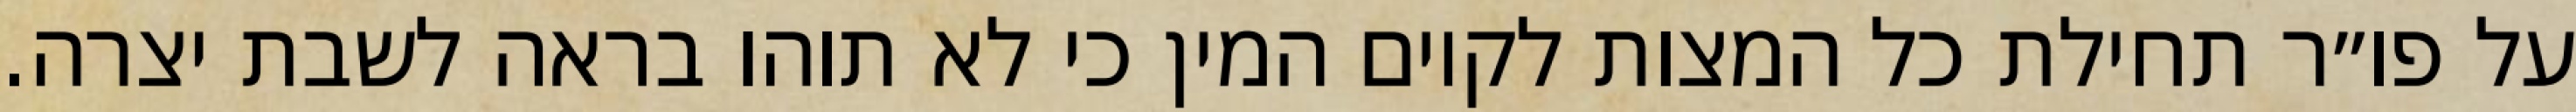
על פו״ר תחילת כל המצות לקיום המין כי לא תוהו בראה לשבת יצרה.